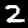
Digit: 2